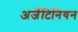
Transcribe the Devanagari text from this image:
अर्जेंटिनियन